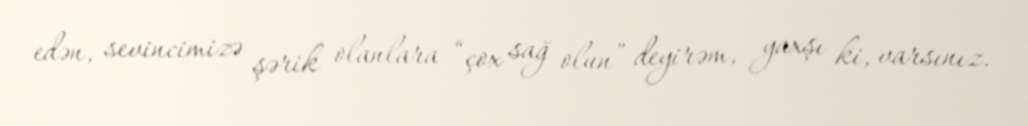
edən, sevincimizə şərik olanlara “çox sağ olun” deyirəm, yaxşı ki, varsınız.